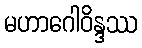
မဟာဂေါဝိန္ဒဿ